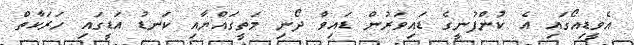
އެވީޑިއޯގައި އެ ކުންފުނީގެ ޑައިވަރުން ޑައިވް ދޯނި މަތީގައްޔާއި ކަނޑު އަޑީގައި ހަރަކާތް